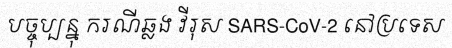
បច្ចុប្បន្នុ ករណីឆ្លង វីរុស SARS-CoV-2 នៅប្រទេស